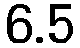
6.5